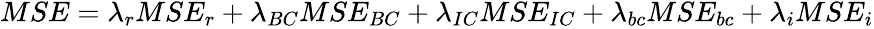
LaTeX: \begin{array}{r}{MSE=\lambda_{r}MSE_{r}+\lambda_{BC}MSE_{BC}+\lambda_{IC}MSE_{IC}+\lambda_{bc}MSE_{bc}+\lambda_{i}MSE_{i}}\end{array}